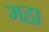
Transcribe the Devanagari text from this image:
गहा